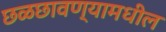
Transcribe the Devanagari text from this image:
छळछावण्यामधील